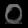
Digit: ၀